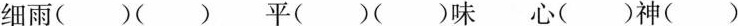
细雨()() 平()()味 心()神()